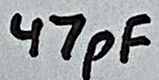
Text: 47pF